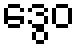
ဒွေဝ